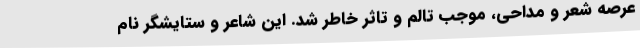
عرصه شعر و مداحی، موجب تالم و تاثر خاطر شد. این شاعر و ستایشگر نام